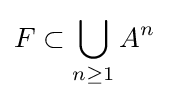
F\subset \bigcup _{n\geq 1}A^{n}